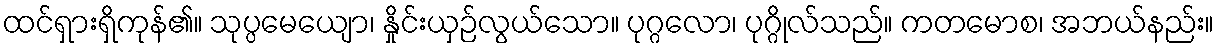
ထင်ရှားရှိကုန်၏။ သုပ္ပမေယျော၊ နှိုင်းယှဉ်လွယ်သော။ ပုဂ္ဂလော၊ ပုဂ္ဂိုလ်သည်။ ကတမောစ၊ အဘယ်နည်း။